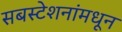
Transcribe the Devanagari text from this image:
सबस्टेशनांमधून